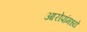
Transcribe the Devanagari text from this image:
आरोपांमध्ये